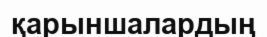
қарыншалардың